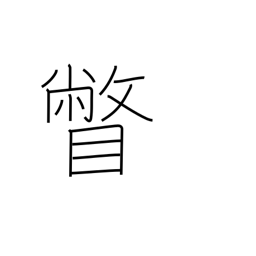
Meaning: glance at